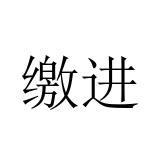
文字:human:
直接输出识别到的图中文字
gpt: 缴进